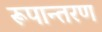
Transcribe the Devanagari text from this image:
रूपान्‍तरण